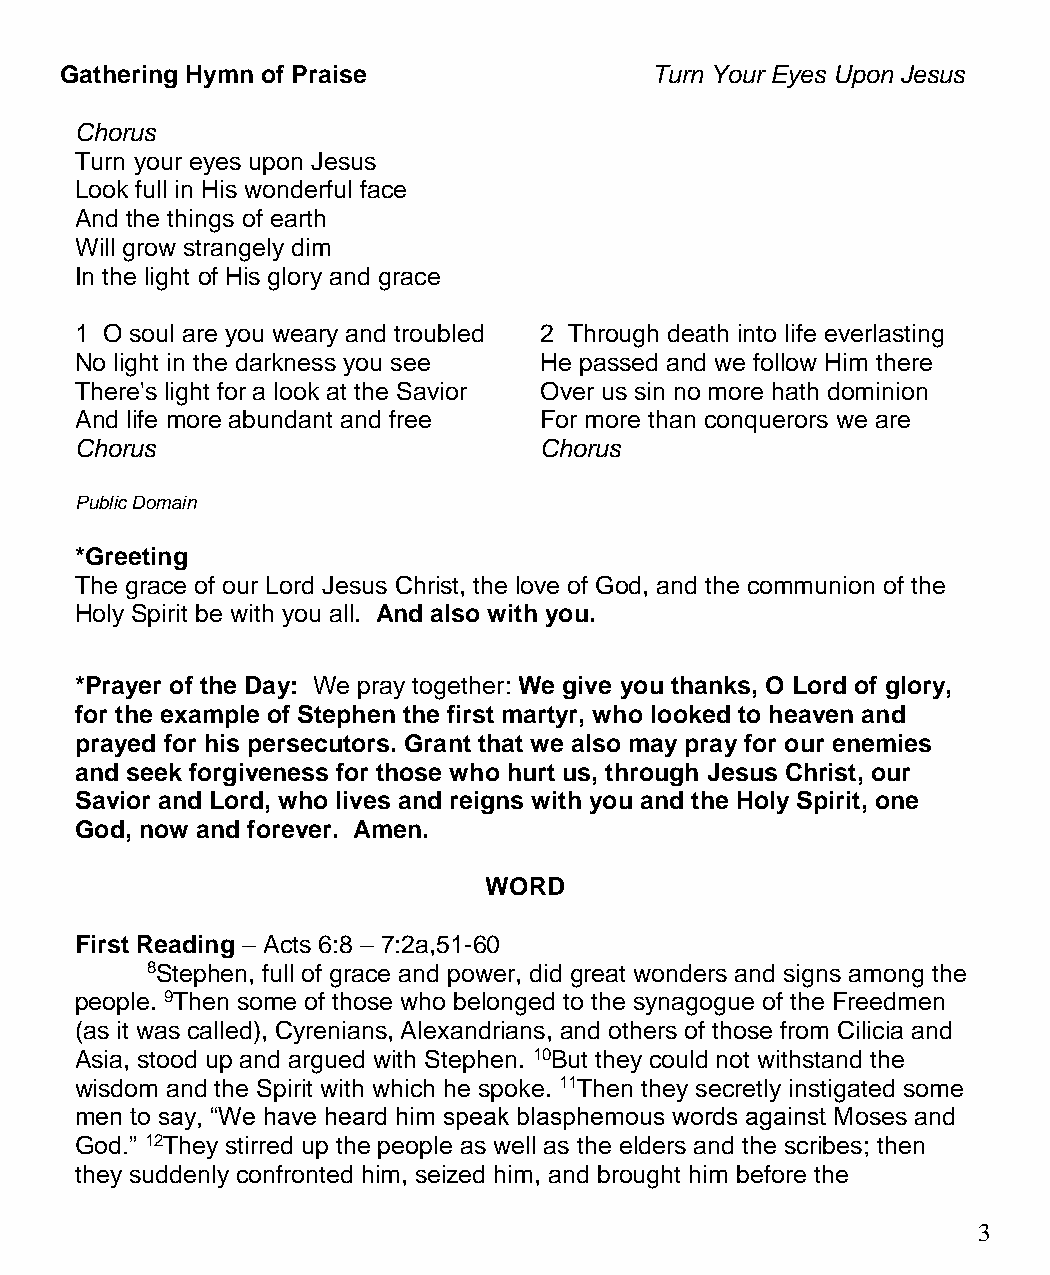
Gathering Hymn of Praise               Turn Your Eyes Upon Jesus
 Chorus
 Turn your eyes upon Jesus
 Look full in His wonderful face
 And the things of earth
 Will grow strangely dim
 In the light of His glory and grace
 1 O soul are you weary and troubled 2 Through death into life everlasting
 No light in the darkness you see He passed and we follow Him there
 There's light for a look at the Savior Over us sin no more hath dominion
 And life more abundant and free For more than conquerors we are
 Chorus                         Chorus
 Public Domain
 *Greeting
 The grace of our Lord Jesus Christ, the love of God, and the communion of the
 Holy Spirit be with you all. And also with you.
 *Prayer of the Day: We pray together: We give you thanks, O Lord of glory,
 for the example of Stephen the first martyr, who looked to heaven and
 prayed for his persecutors. Grant that we also may pray for our enemies
 and seek forgiveness for those who hurt us, through Jesus Christ, our
 Savior and Lord, who lives and reigns with you and the Holy Spirit, one
 God, now and forever. Amen.
 WORD
 First Reading – Acts 6:8 – 7:2a,51-60
 8Stephen, full of grace and power, did great wonders and signs among the
 people. 9Then some of those who belonged to the synagogue of the Freedmen
 (as it was called), Cyrenians, Alexandrians, and others of those from Cilicia and
 Asia, stood up and argued with Stephen. 10But they could not withstand the
 wisdom and the Spirit with which he spoke. 11Then they secretly instigated some
 men to say, “We have heard him speak blasphemous words against Moses and
 God.” 12They stirred up the people as well as the elders and the scribes; then
 they suddenly confronted him, seized him, and brought him before the
 3